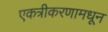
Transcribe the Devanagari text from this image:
एकत्रीकरणामधून